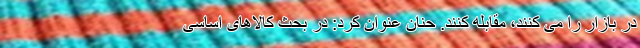
در بازار را می کنند، مقابله کنند. حنان عنوان کرد: در بحث کالاهای اساسی